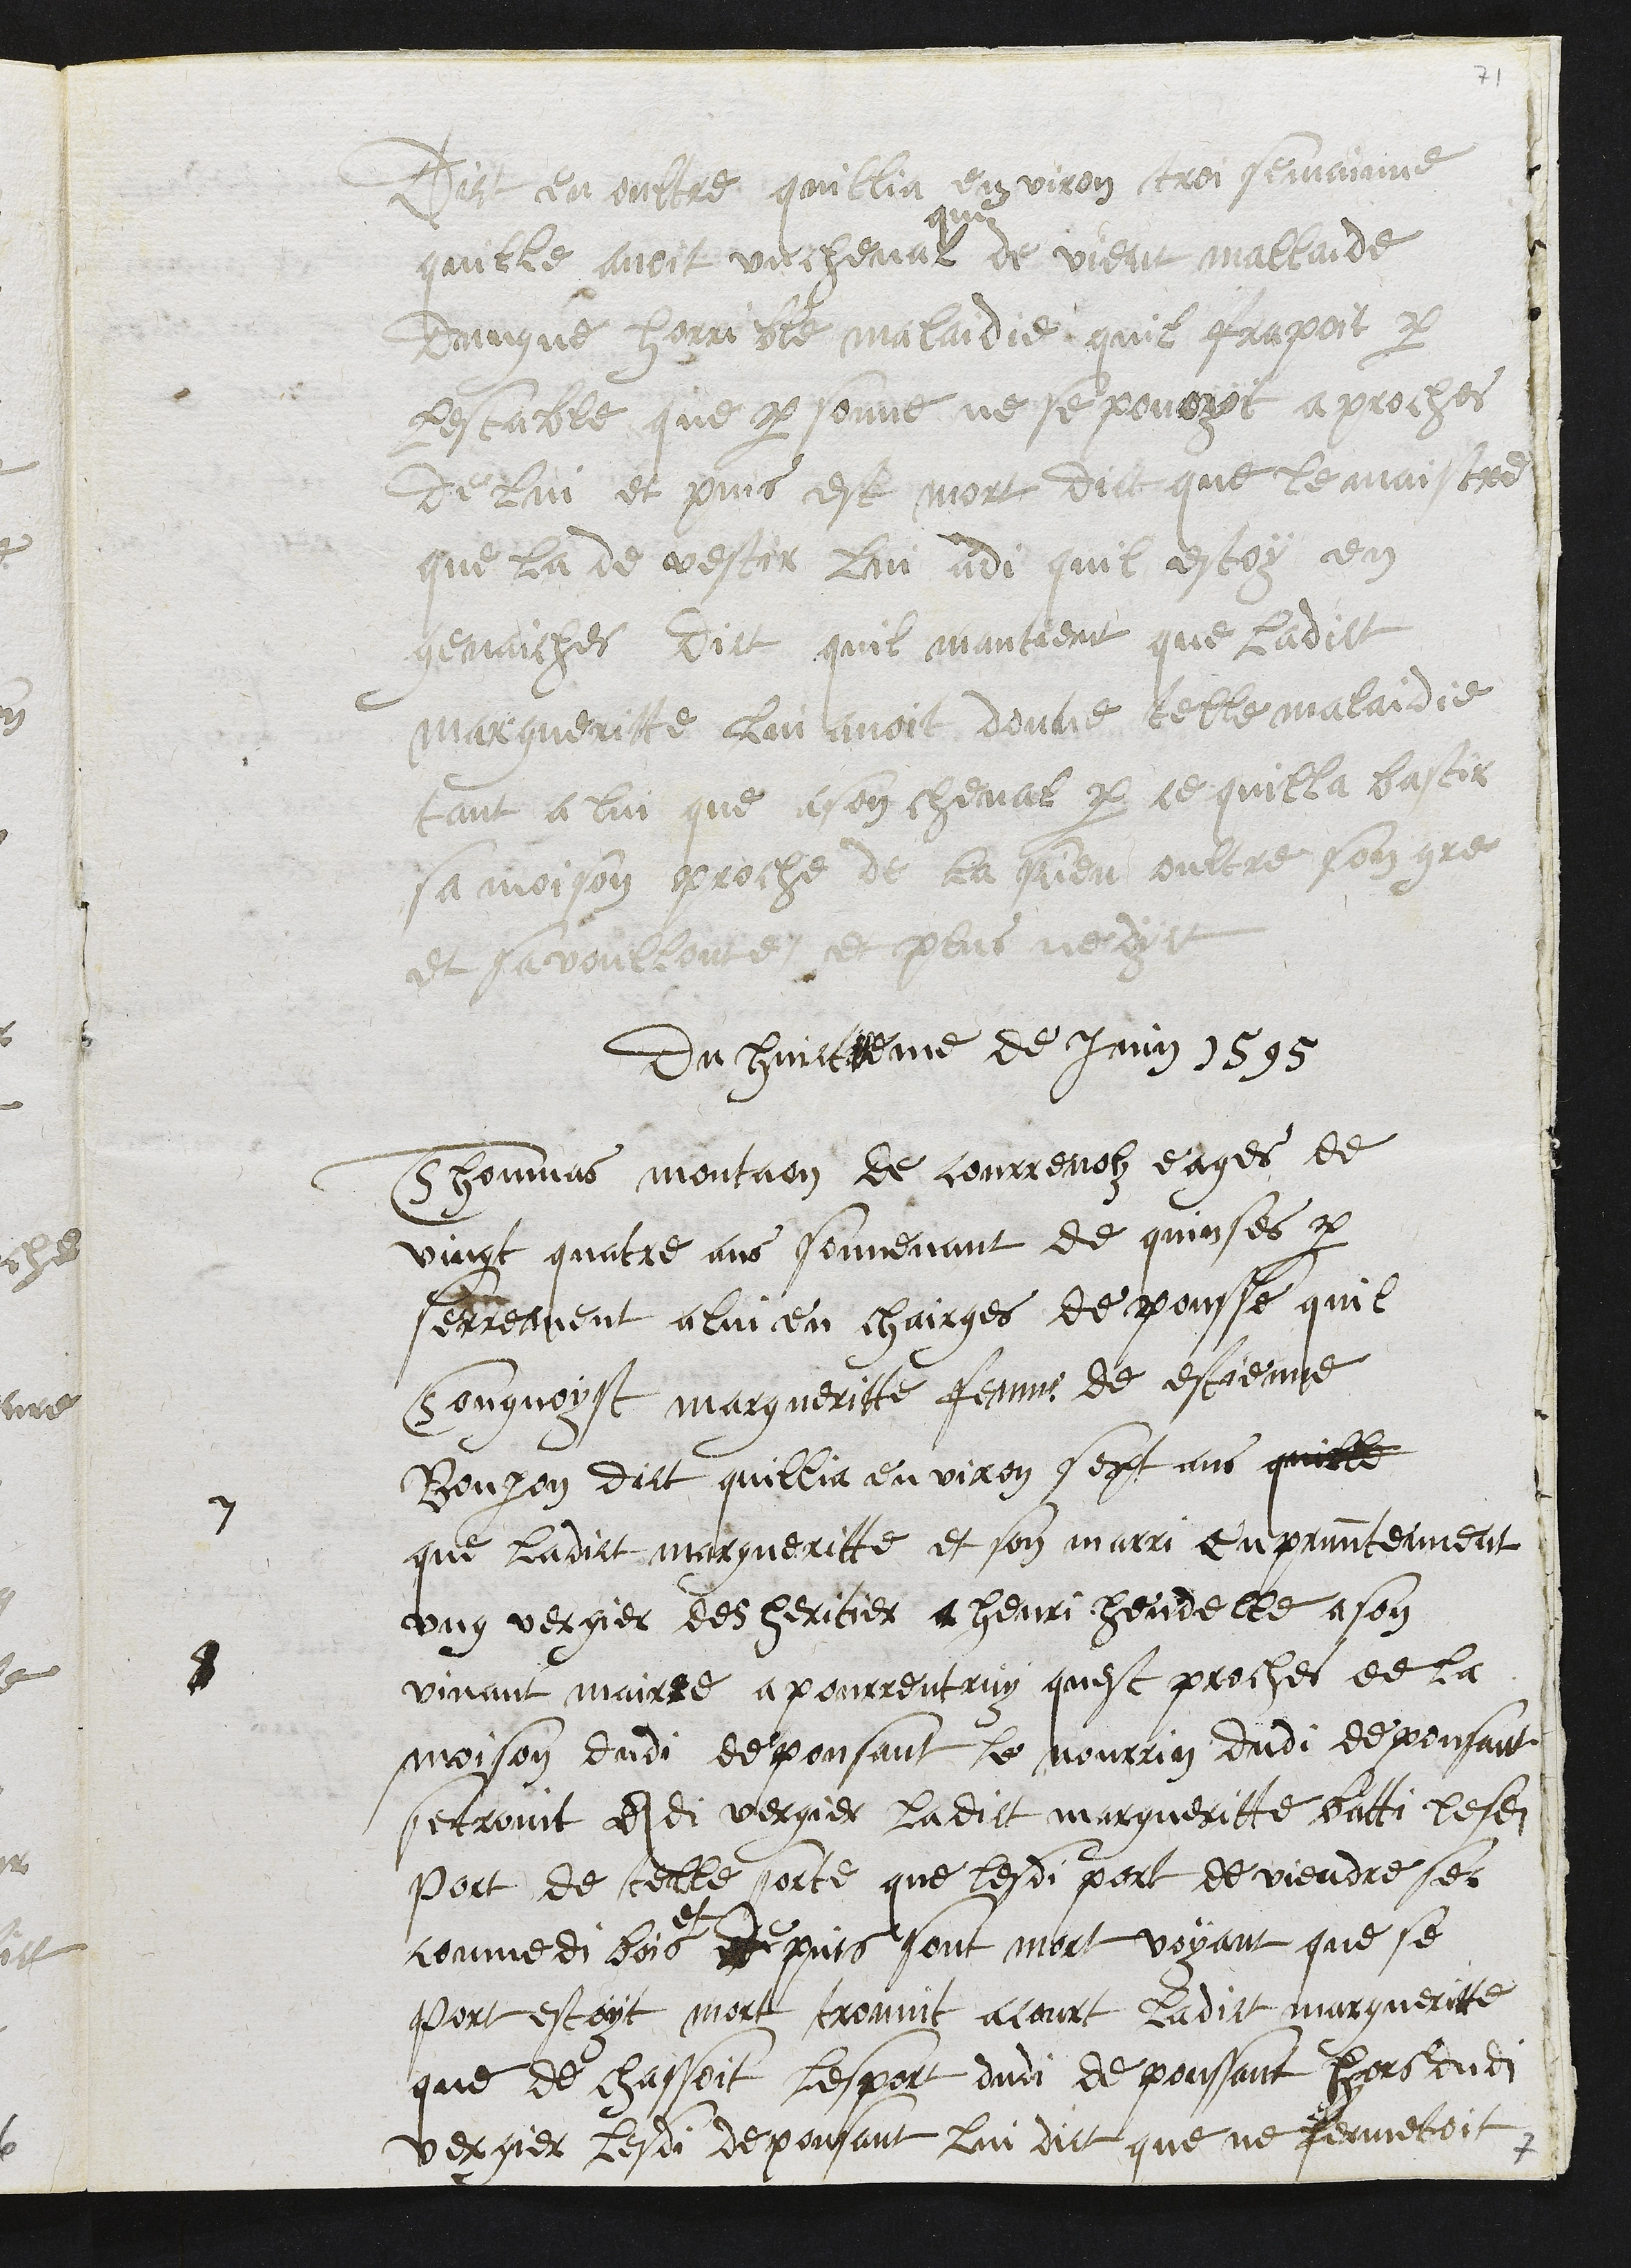
Dit en oultre quillia environ troi semainne
quille avoit un cheval
que
de vient mallaide
dungne horrible malaidie quil frappoit par
lestable que personne ne se povoyt aproches
de lui et puis est mort dict que le maistre
que la de vestir lui adi quil estoy en
genaiches dict quil mantient que ladict
Margueritte lui avoit donne telle malaidie
tant a lui que a son cheval par ce quilla bastir
sa moison proche de la sien oultre son gre
et sa voullonte et plus ne dyct
Du huictieme de Juin 1595
7
Thomas montaon de Courrenolz eages de
vingt quatre ans souvenant de quinses par
serrement a lui en chairges depousse quil
Congnoyst margueritte femme de estienne
Bonjon dict quillia environ sept ans quille
que ladict margueritte et son marri en presenteiment
ung vergier des heritier a henri Hendelle a son
8
vivant mairre a pourrentruy quest proches de la
moison dudi depousant le nourrin dudi depousant
se trovit esdi vergier ladict margueritte batti lesdi
port de telle sorte que lesdi port deviendre sec
comme bois
et
depuis sont mort voyant que se
port estoyt mort trouvit acourt ladict margueritte
que de chassoit lesport dudi depoussant hors dudit
vergier lesdi depousant lui dict que ne fermetoit
7